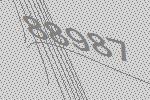
88987